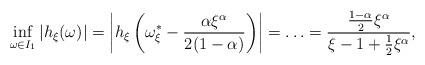
LaTeX: \begin{align*}\inf_{\omega \in I_1} | h_{\xi}(\omega)| = \left| h_{\xi}\left(\omega_{\xi}^{\ast} - \frac{\alpha \xi^{\alpha}}{2(1 - \alpha)}\right) \right| = \ldots = \frac{\frac{1-\alpha}{2}\xi^{\alpha}}{\xi - 1 + \frac{1}{2}\xi^{\alpha}},\end{align*}